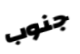
جنوب